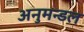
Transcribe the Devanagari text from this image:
अनुमन्डल